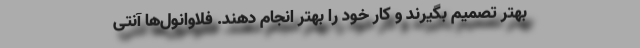
بهتر تصمیم بگیرند و کار خود را بهتر انجام دهند. فلاوانول‌ها آنتی